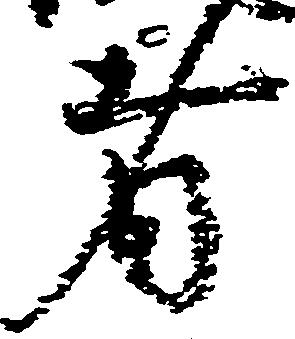
者